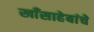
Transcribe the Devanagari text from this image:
खाँसाहेबांचे